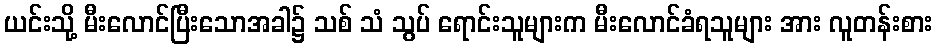
ယင်းသို့ မီးလောင်ပြီးသောအခါ၌ သစ် သံ သွပ် ရောင်းသူများက မီးလောင်ခံရသူများ အား လူတန်းစား